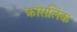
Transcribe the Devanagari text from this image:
क्रॉसलिंक